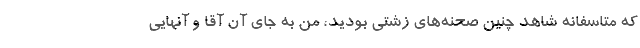
که متاسفانه شاهد چنین صحنه‌های زشتی بودید، من به جای آن آقا و آنهایی